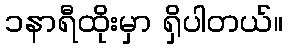
၁နာရီထိုးမှာ ရှိပါတယ်။